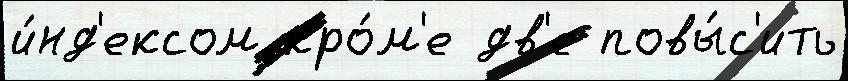
и́нд'ексом кро́м'е дв'е повы́с'ить